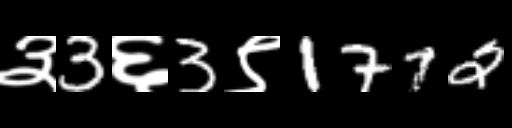
Text: ३3६3९1772